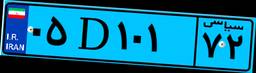
۹۹D۱۸۹۲۳